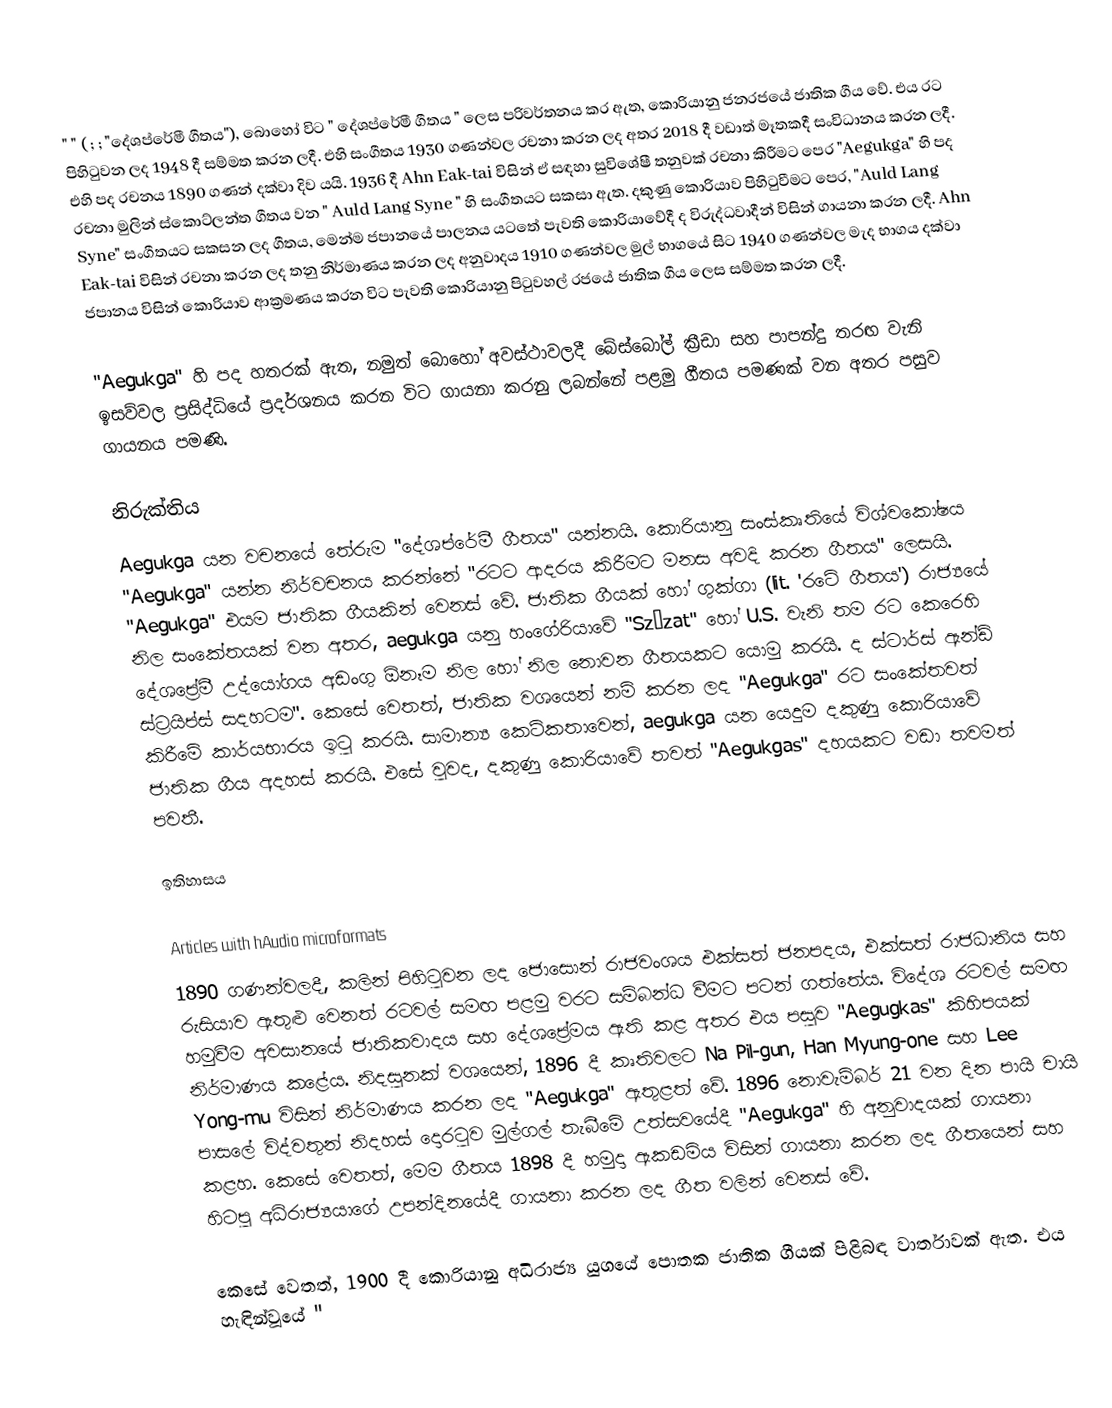
"  " (    ;  ;  "දේශප්රේමී ගීතය"), බොහෝ විට " දේශප්රේමී ගීතය " ලෙස පරිවර්තනය කර ඇත, කොරියානු ජනරජයේ ජාතික ගීය වේ. එය රට පිහිටුවන ලද 1948 දී සම්මත කරන ලදී. එහි සංගීතය 1930 ගණන්වල රචනා කරන ලද අතර 2018 දී වඩාත් මෑතකදී සංවිධානය කරන ලදී. එහි පද රචනය 1890 ගණන් දක්වා දිව යයි. 1936 දී Ahn Eak-tai විසින් ඒ සඳහා සුවිශේෂී තනුවක් රචනා කිරීමට පෙර "Aegukga" හි පද රචනා මුලින් ස්කොට්ලන්ත ගීතය වන " Auld Lang Syne " හි සංගීතයට සකසා ඇත. දකුණු කොරියාව පිහිටුවීමට පෙර, "Auld Lang Syne" සංගීතයට සකසන ලද ගීතය, මෙන්ම ජපානයේ පාලනය යටතේ පැවති කොරියාවේදී ද විරුද්ධවාදීන් විසින් ගායනා කරන ලදී. Ahn Eak-tai විසින් රචනා කරන ලද තනු නිර්මාණය කරන ලද අනුවාදය 1910 ගණන්වල මුල් භාගයේ සිට 1940 ගණන්වල මැද භාගය දක්වා ජපානය විසින් කොරියාව ආක්‍රමණය කරන විට පැවති කොරියානු පිටුවහල් රජයේ ජාතික ගීය ලෙස සම්මත කරන ලදී.

"Aegukga" හි පද හතරක් ඇත, නමුත් බොහෝ අවස්ථාවලදී බේස්බෝල් ක්‍රීඩා සහ පාපන්දු තරඟ වැනි ඉසව්වල ප්‍රසිද්ධියේ ප්‍රදර්ශනය කරන විට ගායනා කරනු ලබන්නේ පළමු ගීතය පමණක් වන අතර පසුව ගායනය පමණි.

නිරුක්තිය
Aegukga යන වචනයේ තේරුම "දේශප්රේමී ගීතය" යන්නයි. කොරියානු සංස්කෘතියේ විශ්වකෝෂය "Aegukga" යන්න නිර්වචනය කරන්නේ "රටට ආදරය කිරීමට මනස අවදි කරන ගීතය" ලෙසයි. "Aegukga" එයම ජාතික ගීයකින් වෙනස් වේ. ජාතික ගීයක් හෝ ගුක්ගා (lit. 'රටේ ගීතය') රාජ්‍යයේ නිල සංකේතයක් වන අතර, aegukga යනු හංගේරියාවේ "Szózat" හෝ U.S. වැනි තම රට කෙරෙහි දේශප්‍රේමී උද්යෝගය අඩංගු ඕනෑම නිල හෝ නිල නොවන ගීතයකට යොමු කරයි. ද ස්ටාර්ස් ඇන්ඩ් ස්ට්‍රයිප්ස් සදහටම". කෙසේ වෙතත්, ජාතික වශයෙන් නම් කරන ලද "Aegukga" රට සංකේතවත් කිරීමේ කාර්යභාරය ඉටු කරයි. සාමාන්‍ය කෙටිකතාවෙන්, aegukga යන යෙදුම දකුණු කොරියාවේ ජාතික ගීය අදහස් කරයි. එසේ වුවද, දකුණු කොරියාවේ තවත් "Aegukgas" දහයකට වඩා තවමත් පවතී.

ඉතිහාසය
 
Articles with hAudio microformats
1890 ගණන්වලදී, කලින් පිහිටුවන ලද ජොසොන් රාජවංශය එක්සත් ජනපදය, එක්සත් රාජධානිය සහ රුසියාව ඇතුළු වෙනත් රටවල් සමඟ පළමු වරට සම්බන්ධ වීමට පටන් ගත්තේය. විදේශ රටවල් සමඟ හමුවීම අවසානයේ ජාතිකවාදය සහ දේශප්‍රේමය ඇති කළ අතර එය පසුව "Aegugkas" කිහිපයක් නිර්මාණය කළේය. නිදසුනක් වශයෙන්, 1896 දී කෘතිවලට Na Pil-gun, Han Myung-one සහ Lee Yong-mu විසින් නිර්මාණය කරන ලද "Aegukga" ඇතුළත් වේ.  1896 නොවැම්බර් 21 වන දින පායි චායි පාසලේ විද්වතුන් නිදහස් දොරටුව මුල්ගල් තැබීමේ උත්සවයේදී "Aegukga" හි අනුවාදයක් ගායනා කළහ. කෙසේ වෙතත්, මෙම ගීතය 1898 දී හමුදා ඇකඩමිය විසින් ගායනා කරන ලද ගීතයෙන් සහ හිටපු අධිරාජ්‍යයාගේ උපන්දිනයේදී ගායනා කරන ලද ගීත වලින් වෙනස් වේ.

කෙසේ වෙතත්, 1900 දී කොරියානු අධිරාජ්‍ය යුගයේ පොතක ජාතික ගීයක් පිළිබඳ වාර්තාවක් ඇත. එය හැඳින්වූයේ "